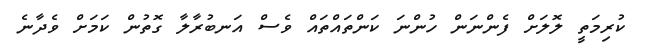
ކުރިމަތީ ލޮލަށް ފެންނަން ހުންނަ ކަންތައްތައް ވެސް އަނބުރާލާ ގޮތުން ކަމަށް ވެދާނެ